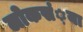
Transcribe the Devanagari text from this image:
लोकसं़या